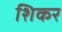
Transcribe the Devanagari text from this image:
शिकर